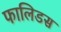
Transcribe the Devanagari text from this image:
फालिडस